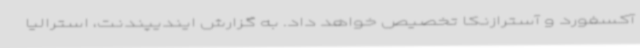
آکسفورد و آسترازنکا تخصیص خواهد داد. به گزارش ایندیپندنت، استرالیا